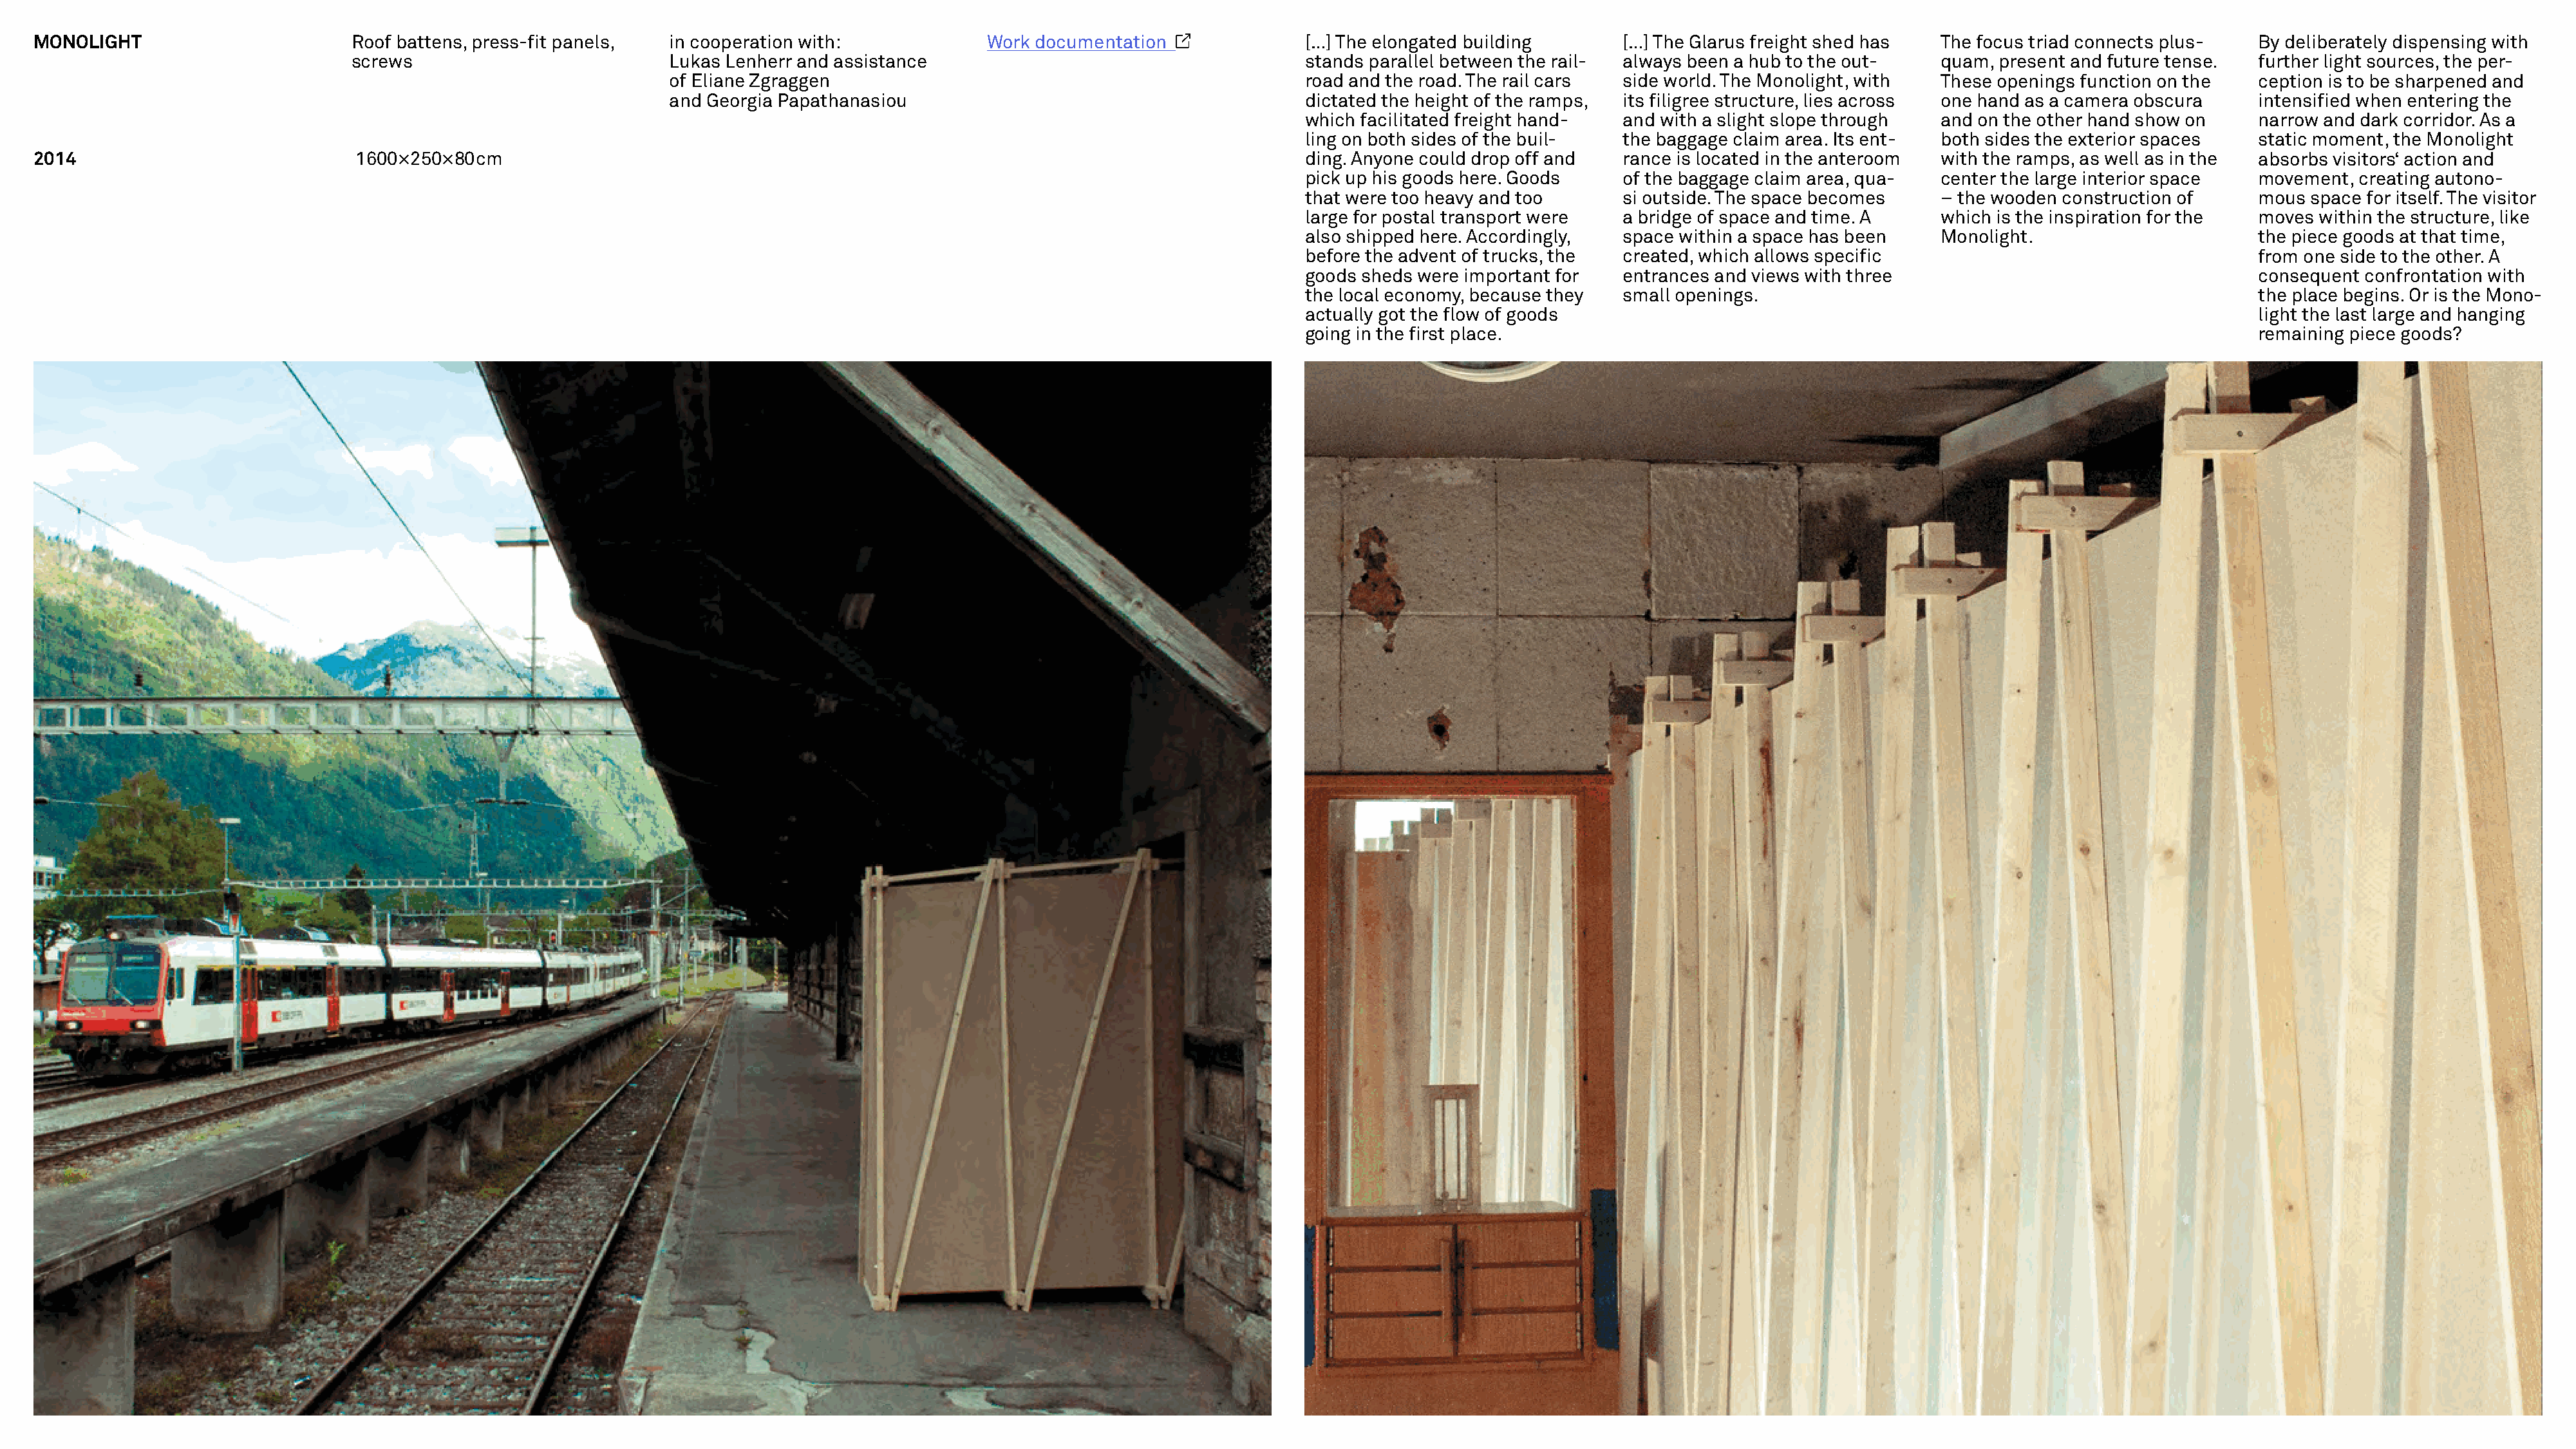
MONOLIGHT                        Roof battens, press-fit panels,  in cooperation with:            Work documentation               […] The elongated building       […] The Glarus freight shed has The focus triad connects plus-   By deliberately dispensing with
 screws                           Lukas Lenherr and assistance                                     stands parallel between the rail- always been a hub to the out-  quam, present and future tense.  further light sources, the per-
 of Eliane Zgraggen                                               road and the road. The rail cars side world. The Monolight, with These openings function on the   ception is to be sharpened and
 and Georgia Papathanasiou                                        dictated the height of the ramps, its filigree structure, lies across one hand as a camera obscura intensified when entering the
 which facilitated freight hand-  and with a slight slope through and on the other hand show on    narrow and dark corridor. As a
 ling on both sides of the buil-  the baggage claim area. Its ent- both sides the exterior spaces  static moment, the Monolight
 2014                              1600×250×80cm                                                                                    ding. Anyone could drop off and  rance is located in the anteroom with the ramps, as well as in the absorbs visitors‘ action and
 pick up his goods here. Goods    of the baggage claim area, qua- center the large interior space  movement, creating autono-
 that were too heavy and too      si outside. The space becomes   – the wooden construction of     mous  space for itself. The visitor
 large for postal transport were  a bridge of space and time. A   which is the inspiration for the moves within the structure, like
 also shipped here. Accordingly,  space within a space has been   Monolight.                       the piece goods at that time,
 before the advent of trucks, the created, which allows specific                                   from one side to the other. A
 goods sheds were important for   entrances and views with three                                   consequent confrontation with
 the local economy, because they  small openings.                                                  the place begins. Or is the Mono-
 actually got the flow of goods                                                                    light the last large and hanging
 going in the first place.                                                                         remaining piece goods?